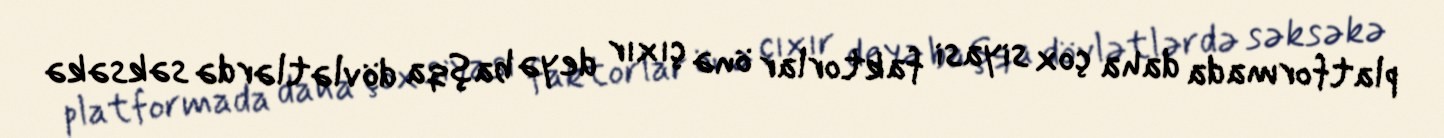
platformada daha çox siyasi faktorlar önə çıxır deyə başqa dövlətlərdə səksəkə